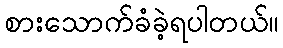
စားသောက်ခံခဲ့ရပါတယ်။